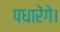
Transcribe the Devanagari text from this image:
पधारेंगे।